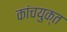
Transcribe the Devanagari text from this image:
कांचयुक्त